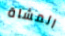
المشاة